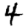
Digit: 4